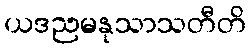
ယဒညမနုသာသတီတိ